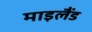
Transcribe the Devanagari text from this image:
माइलैंड